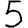
Digit: 5